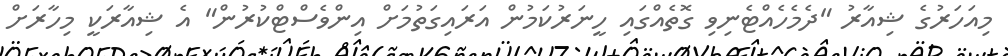
މިއަހަރުގެ ޝިއާރު "ދެމެހެއްޓެނިވި ގޮތެއްގައި ހީނަރުކަމުން އަރައިގަތުމަށް އިންވެސްޓްކުރުން" އެ ޝިއާރަކީ މިހާރަށް